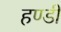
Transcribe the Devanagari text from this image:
हण्डी